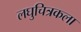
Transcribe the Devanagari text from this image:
लघुचित्रकला